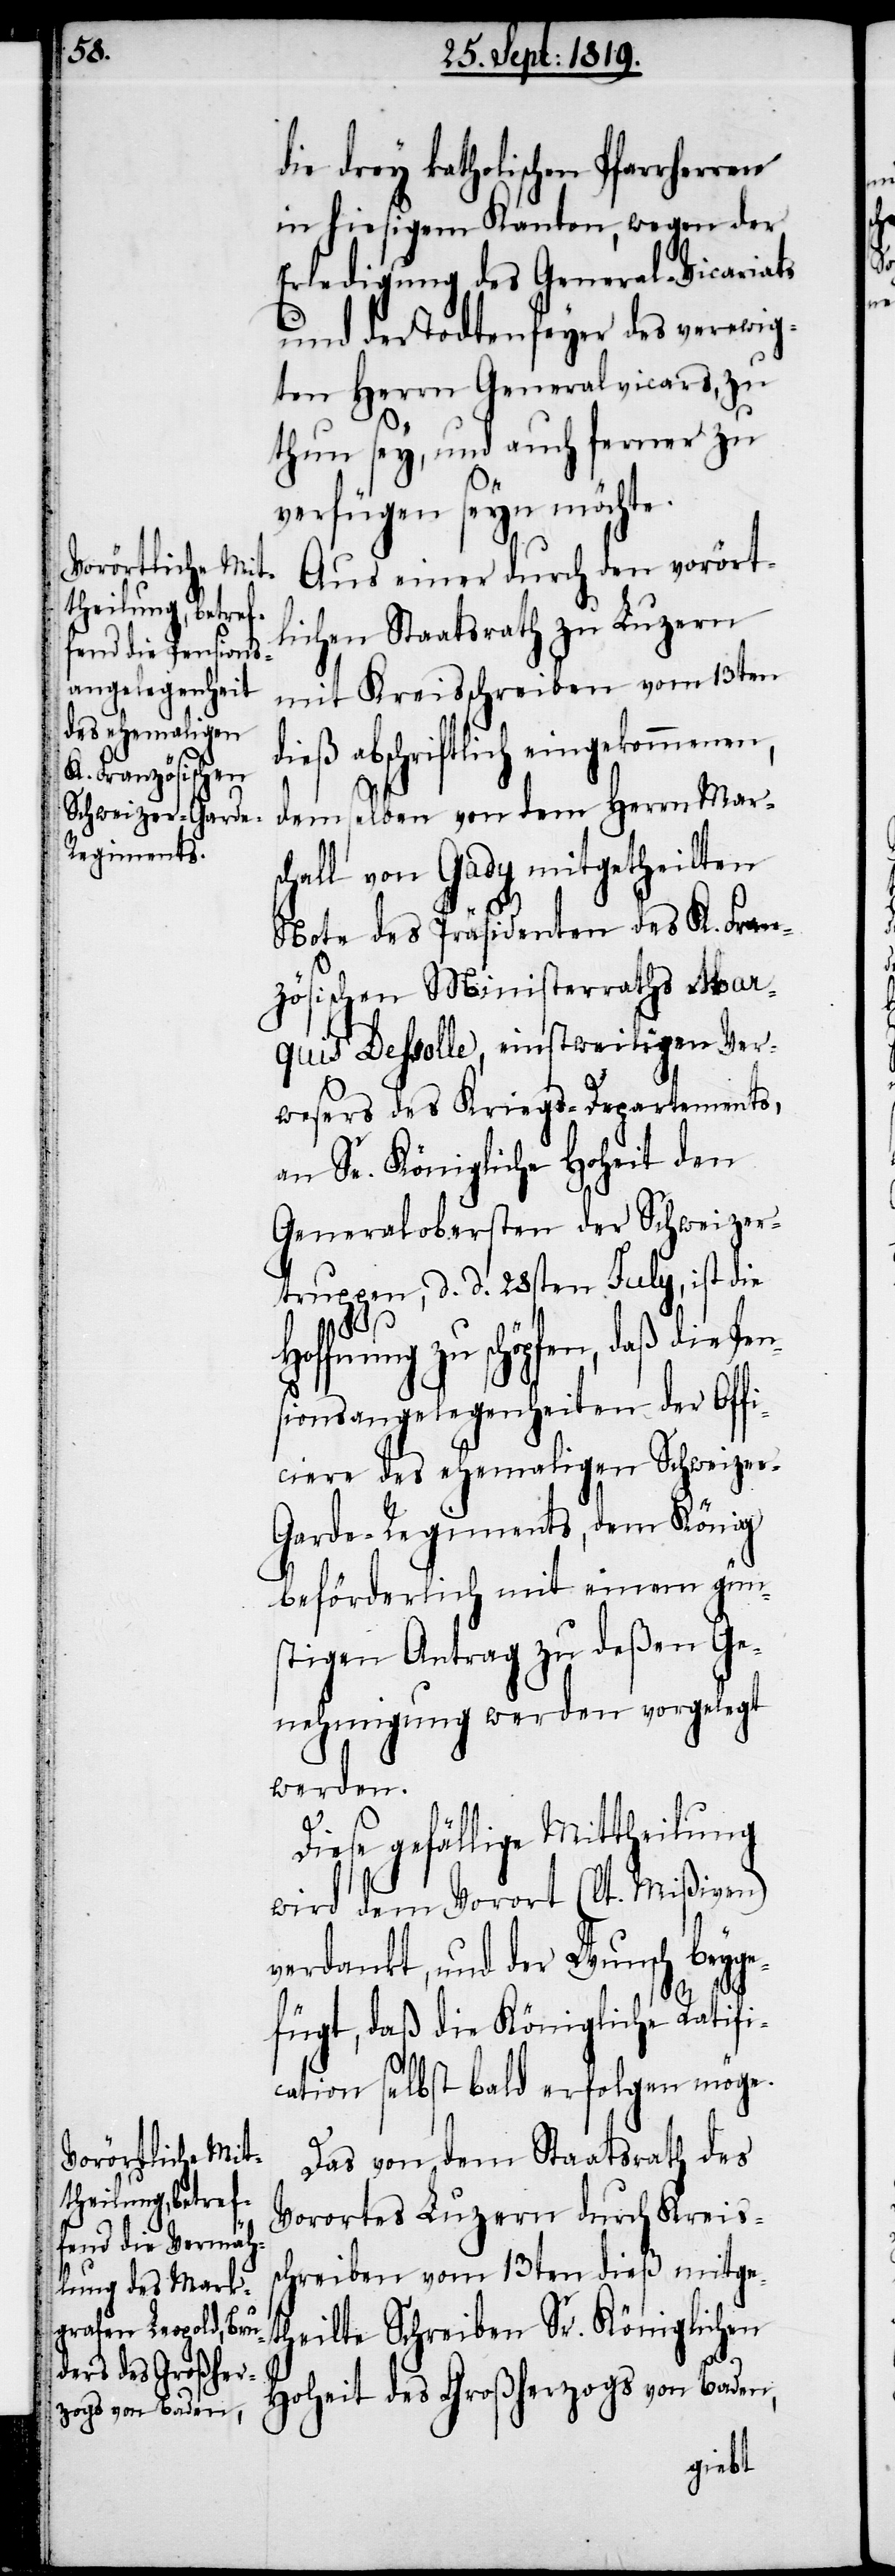
die drey katholischen Pfarrher¬
in hiesigem Kanton, wegen der
Erledigung des General-Vicariats,
thun sey, und auch ferner zu
Pe¬
verfügen seyn möchte.
Aus einer durch den vorört¬
lichen Staatsrath zu Luzern
mit Kreisschreiben vom 13ten
abschriftlich eingekommen¬
demselben von dem Herrn Mars¬
chall von Gady mitgetheilten
en,
Note des Präsidenten des K. Fran¬
zösischen Ministerraths Mar¬
quis Dessolle, einstweiligen Ver¬
wesers des Kriegs-Departements,
an Se. Königliche Hoheit den
Generalobersten der Schweizer¬
truppen, d. d. 28ten July, ist die
zu schöpfen, daß die
nsionsangelegenheiten der Offi¬
ciere des ehemaligen Schweizer-G¬
arde-Regiments, dem König
beförderlich mit einem gün¬
stigen Antrag zu deßen Ge¬
nehmigung werden vorgelegt
werden.
Diese gefällige Mittheilung
wird dem Vorort (lt. Mißiven)
verdankt, und der Wunsch beyge¬
fügt, daß die Königliche Ratifi¬
cation selbst bald erfolgen möge.
Das von dem Staatsrath des
Vorortes Luzern durch Kreis¬
schreiben vom 13ten dieß mitge¬
theilte Schreiben Sr. Königlichen
Hoheit des Großherzogs von Baden,